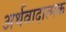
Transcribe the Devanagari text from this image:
अर्थवादात्मक